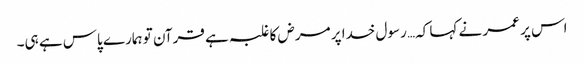
اس پر عمر نے کہا کہ… رسول خدا پر مرض کا غلبہ ہے قرآن تو ہمارے پاس ہے ہی۔